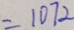
= 1 0 7 2